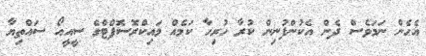
އެހެން ނަމަވެސް ދެން އެކުންފުނިން ކުރާ ހުރިހާ ކަމެއް މައިކްރޮސޮފްޓްގެ ސީއީއޯ ސައްތިޔާ